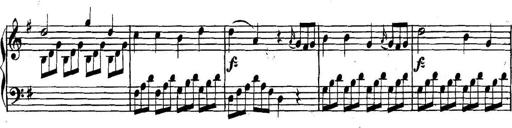
Title: Collected Piano Sonatas
Composer: Muzio Clementi